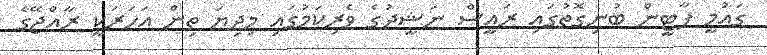
ގައުމީ ޕާޓީން ބުނިގޮތުގައި ރައީސް ނަޝީދުގެ ވެރިކަމުގައި މިދިޔަ ތިން އަހަރަކީ ރާއްޖޭގެ